Scottish Leaving Certificate Examination, 1954
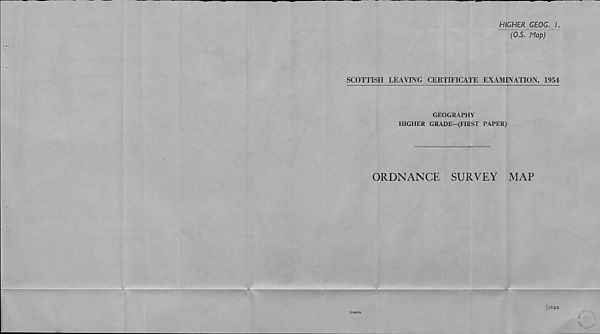
HIGHER GEOG. L
(OS. Map)
SCOTTISH LEAVING CERTIFICATE EXAMINATION, 1954
GEOGRAPHY
HIGHER GRADE—(FIRST PAPER)
ORDNANCE
SURVEY
MAP
£r
(C44569)
[over